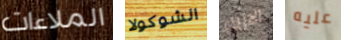
الملاءات الشوكولا الازياء عليه